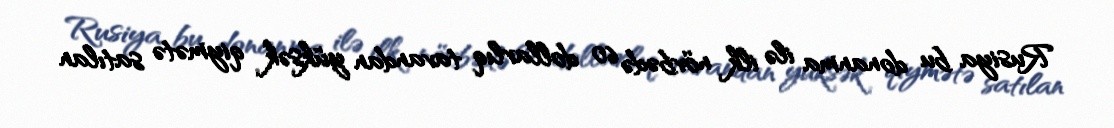
Rusiya bu donanma ilə ilk növbədə 60 dollarlıq tavandan yüksək qiymətə satılan